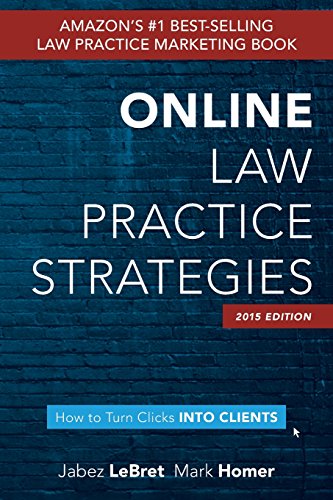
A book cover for Online Law Practice Strategies; Mark Homer; Law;